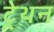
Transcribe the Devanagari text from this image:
ट्रेथन